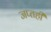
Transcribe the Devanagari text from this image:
जप्‍तही